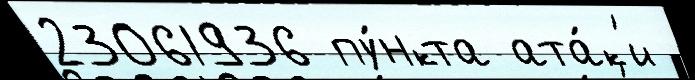
23061936 пу́нкта ата́к'и